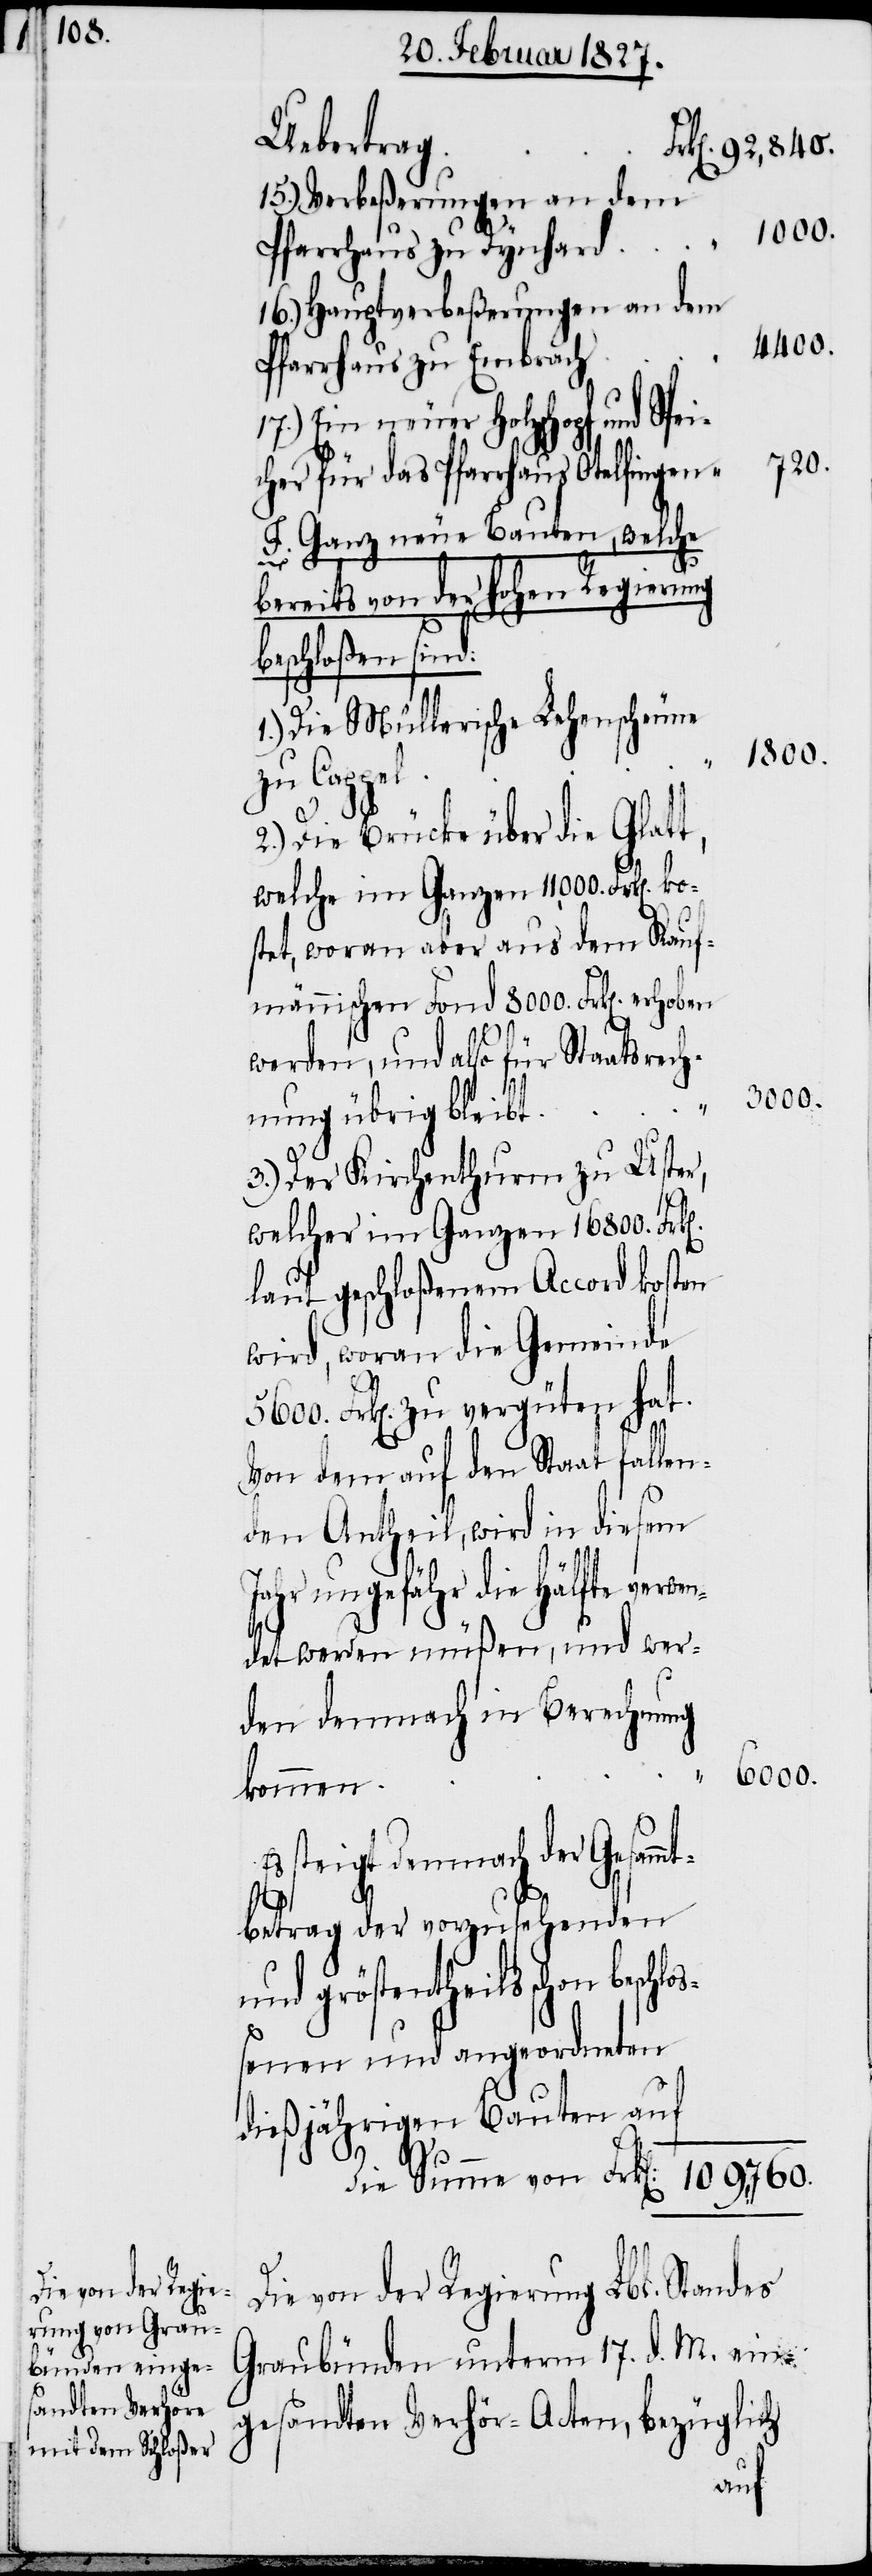
15.) Verbeßerungen an dem
16.) Hauptverbeßerungen an dem
4400.
Pfarrhaus zu Embrach
17.) Ein neuer Holzschopf und Spei¬
720.
cher für das Pfarrhaus Otelfingen
F. Ganz neue Bauten, welche
Es
bereits von der hohen Regierung
beschloßen sind:
1.) Die Müllerische Lehenscheune
1800.
zu Cappel
2.) Die Brücke über die Glatt,
welche im Ganzen 11000. Frk[en].
stet, woran aber aus dem Kauf¬
männischen Fond 8000. Frk[en]. er¬
werden, und also für Staatsrec¬
6000.
hnung übrig bleibt
3.) Der Kirchenthurm zu Uster,
welcher im Ganzen 16800.
laut geschloßenem Accord kosten
wird, woran die Gemeinde
Frk[en]. zu vergüten hat.
Von dem auf den Staat fallen¬
den Antheil, wird in diesem
ahr ungefähr die Hälfte verw¬
det werden müßen, und wer¬
den demnach in Berechnung
kommen
steigt demnach der Gesamm¬
tbetrag der vorzusehenden
n beschloß¬
die
enen und angeordneten
dießjährigen Bauten auf
Die von der Regierung Lbl. Standes
Graubünden unterm 17. d. M. ein¬
gesandten Verhör-Acten, bezüglich